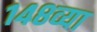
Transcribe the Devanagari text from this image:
१४८व्या